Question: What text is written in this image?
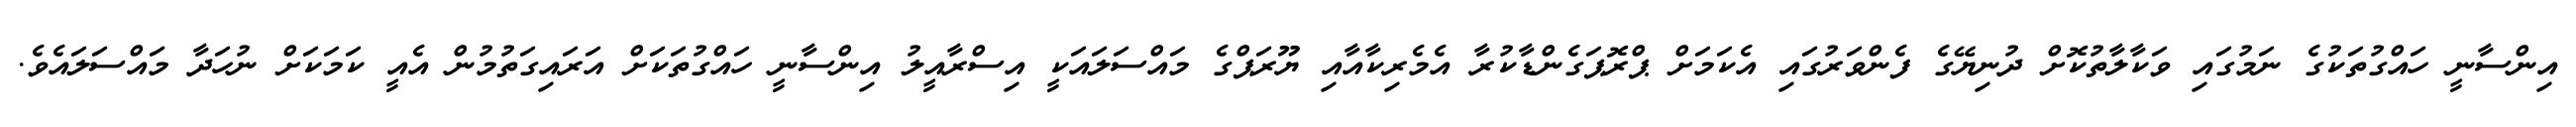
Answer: އިންސާނީ ހައްގުތަކުގެ ނަމުގައި ވަކާލާތުކޮށް ދުނިޔޭގެ ފެންވަރުގައި އެކަމަށް ޕްރޮޕަގެންޑާކުރާ އެމެރިކާއާއި ޔޫރަޕްގެ މައްސަލައަކީ އިސްރާއީލު އިންސާނީ ހައްގުތަކަށް އަރައިގަތުމުން އެއީ ކަމަކަށް ނުހަދާ މައްސަލައެވެ.